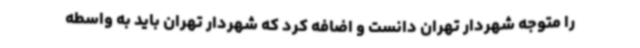
را متوجه شهردار تهران دانست و اضافه کرد که شهردار تهران باید به واسطه